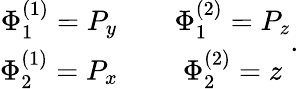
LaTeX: \begin{array}{ccc}{{\Phi_{1}^{(1)}=P_{y}}}&{{{}}}&{{\Phi_{1}^{(2)}=P_{z}}}\\ {{\Phi_{2}^{(1)}=P_{x}}}&{{{}}}&{{\Phi_{2}^{(2)}=z}}\end{array}.